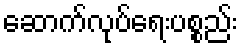
ဆောက်လုပ်ရေးပစ္စည်း